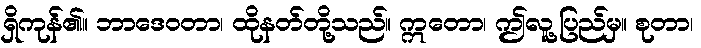
ရှိကုန်၏။ ဘာဒေဝတာ၊ ထိုနတ်တို့သည်။ ဣတော၊ ဤလူ့ပြည်မှ။ စုတာ၊